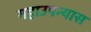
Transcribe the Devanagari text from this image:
महाउपन्यास